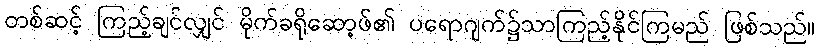
တစ်ဆင့် ကြည့်ချင်လျှင် မိုက်ခရိုဆော့ဖ်၏ ပရောဂျက်၌သာကြည့်နိုင်ကြမည် ဖြစ်သည်။